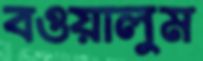
বওয়ালুম